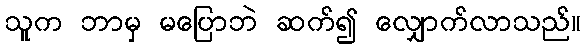
သူက ဘာမှ မပြောဘဲ ဆက်၍ လျှောက်လာသည်။